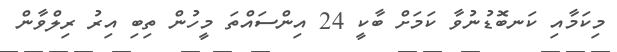
މިކަމާއި ކަނބޮޑުނުވާ ކަމަށް ބާކީ 24 އިންސައްތަ މީހުން ތިބި އިރު ރިލްވާން